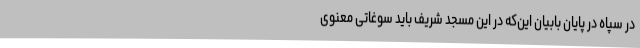
در سپاه در پایان بابیان این‌که در این مسجد شریف باید سوغاتی معنوی